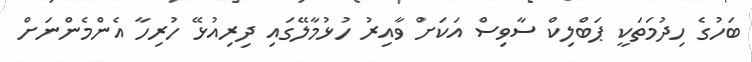
ބަހުގެ ހިދުމަތަކީ ޕަބްލިކް ސާވިސް އަކަށް ވާއިރު ހުޅުމާލޭގައި ދިރިއުޅޭ ހުރިހާ އެންމެންނަށް